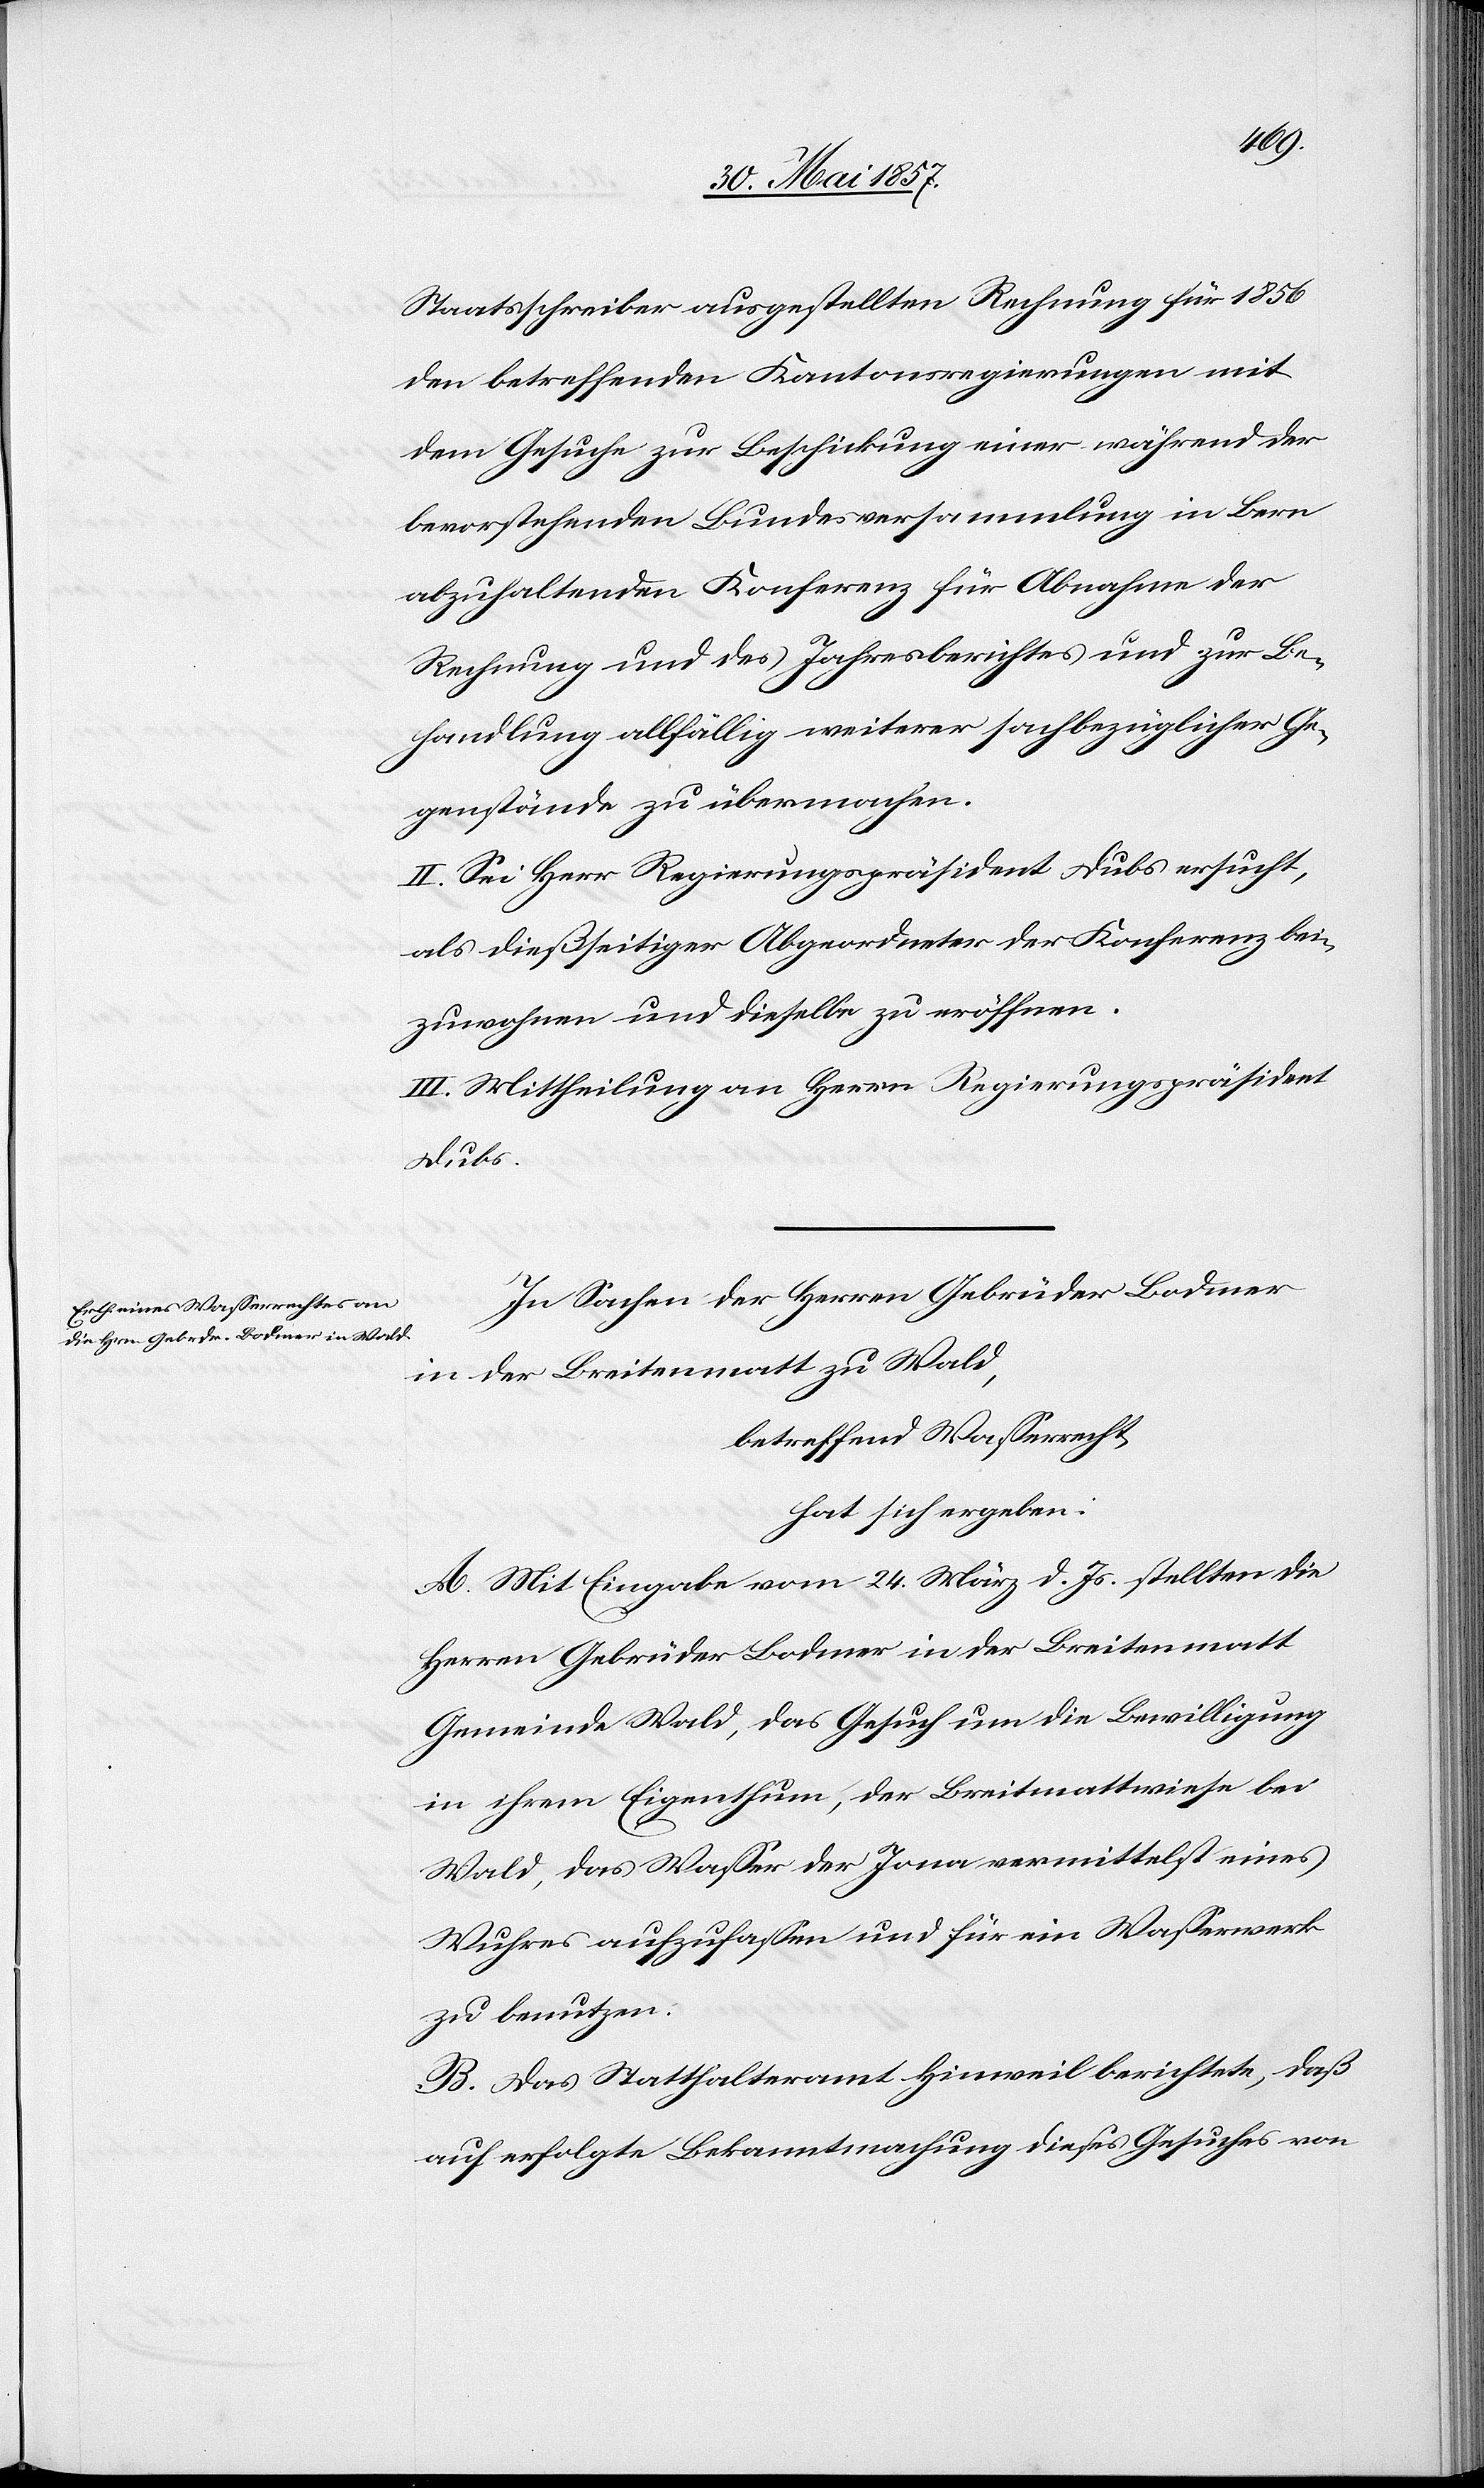
Staatsschreiber ausgestellten Rechnung für 1856
den betreffenden Kantonsregierungen mit
dem Gesuche zur Beschickung einer während der
bevorstehenden Bundesversammlung in Bern
abzuhaltenden Konferenz für Abnahme der
Rechnung und des Jahresberichtes und zur Be¬
handlung allfällig weiterer sachbezüglicher Ge¬
genstände zu übermachen.
II. Sei Herr Regierungspräsident Dubs ersucht,
als dießseitiger Abgeordneter der Konferenz bei¬
zuwohnen und dieselbe zu eröffnen.
III. Mittheilung an Herrn Regierungspräsident
Dubs.
In Sachen der Herrn Gebrüder Bodmer
in der Breitenmatt zu Wald,
betreffend Wasserrecht,
hat sich ergeben:
A. Mit Eingabe vom 24 März d. Js. stellten die
Herren Gebrüder Bodmer in der Breitenmatt
Gemeinde Wald, das Gesuch um die Bewilligung
in ihrem Eigenthum, der Breitmattenwiese bei
Wald, das Wasser der Jona vermittelst eines
Wuhres aufzufassen und für ein Wasserwerk
zu benutzen:
B. Das Statthalteramt Hinweil berichtet, daß
auf erfolgte Bekanntmachung dieses Gesuches von